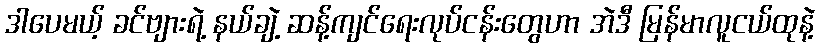
ဒါပေမယ့် ခင်ဗျားရဲ့ နယ်ချဲ့ ဆန့်ကျင်ရေးလုပ်ငန်းတွေဟာ အဲဒီ မြန်မာလူငယ်ထုနဲ့